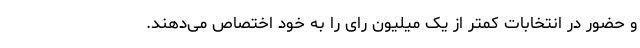
و حضور در انتخابات کمتر از یک میلیون رای را به خود اختصاص می‌دهند.